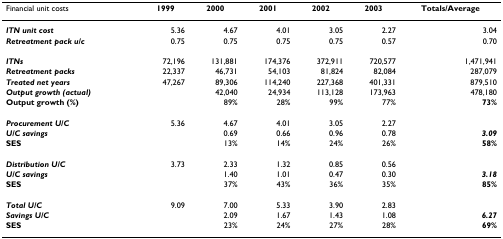
<table><thead><tr><td><b>Financial unit costs</b></td><td><b>1999</b></td><td><b>2000</b></td><td><b>2001</b></td><td><b>2002</b></td><td><b>2003</b></td><td><b>Totals/Average</b></td></tr></thead><tbody><tr><td><b><i>ITN unit cost</i></b></td><td>5.36</td><td>4.67</td><td>4.01</td><td>3.05</td><td>2.27</td><td>3.04</td></tr><tr><td><b><i>Retreatment pack u/c</i></b></td><td>0.75</td><td>0.75</td><td>0.75</td><td>0.75</td><td>0.57</td><td>0.70</td></tr><tr><td><b><i>ITNs</i></b></td><td>72,196</td><td>131,881</td><td>174,376</td><td>372,911</td><td>720,577</td><td>1,471,941</td></tr><tr><td><b><i>Retreatment packs</i></b></td><td>22,337</td><td>46,731</td><td>54,103</td><td>81,824</td><td>82,084</td><td>287,079</td></tr><tr><td><b><i>Treated net years</i></b></td><td>47,267</td><td>89,306</td><td>114,240</td><td>227,368</td><td>401,331</td><td>879,510</td></tr><tr><td><b><i>Output growth (actual)</i></b></td><td></td><td>42,040</td><td>24,934</td><td>113,128</td><td>173,963</td><td>478,180</td></tr><tr><td><b>Output growth (%)</b></td><td></td><td>89%</td><td>28%</td><td>99%</td><td>77%</td><td><b>73%</b></td></tr><tr><td><b><i>Procurement U/C</i></b></td><td>5.36</td><td>4.67</td><td>4.01</td><td>3.05</td><td>2.27</td><td></td></tr><tr><td><b><i>U/C savings</i></b></td><td></td><td>0.69</td><td>0.66</td><td>0.96</td><td>0.78</td><td><b><i>3.09</i></b></td></tr><tr><td><b>SES</b></td><td></td><td>13%</td><td>14%</td><td>24%</td><td>26%</td><td><b>58%</b></td></tr><tr><td><b><i>Distribution U/C</i></b></td><td>3.73</td><td>2.33</td><td>1.32</td><td>0.85</td><td>0.56</td><td></td></tr><tr><td><b><i>U/C savings</i></b></td><td></td><td>1.40</td><td>1.01</td><td>0.47</td><td>0.30</td><td><b><i>3.18</i></b></td></tr><tr><td><b>SES</b></td><td></td><td>37%</td><td>43%</td><td>36%</td><td>35%</td><td><b>85%</b></td></tr><tr><td><b><i>Total U/C</i></b></td><td>9.09</td><td>7.00</td><td>5.33</td><td>3.90</td><td>2.83</td><td></td></tr><tr><td><b><i>Savings U/C</i></b></td><td></td><td>2.09</td><td>1.67</td><td>1.43</td><td>1.08</td><td><b><i>6.27</i></b></td></tr><tr><td><b>SES</b></td><td></td><td>23%</td><td>24%</td><td>27%</td><td>28%</td><td><b>69%</b></td></tr></tbody></table>